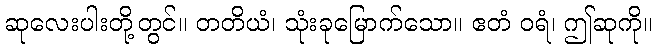
ဆုလေးပါးတို့တွင်။ တတိယံ၊ သုံးခုမြောက်သော။ ဧတံ ဝရံ၊ ဤဆုကို။